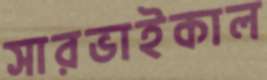
সারভাইকাল